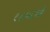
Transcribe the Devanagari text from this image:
१८५०ची